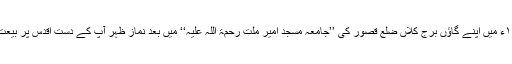
راقم الحروف نے بھی ادائل اپریل ۱۹۵۶ء میں اپنے گاؤں بُرج کلاں ضِلع قصور کی ’’جامعہ مسجد امیرِ ملّت رحمۃ اللہ علیہ‘‘ میں بعد نماز ظہر آپ کے دستِ اقدس پر بیعت کر کے شرفِ غلامی حاصل کیا تھا۔